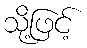
သို့ဖြင့်